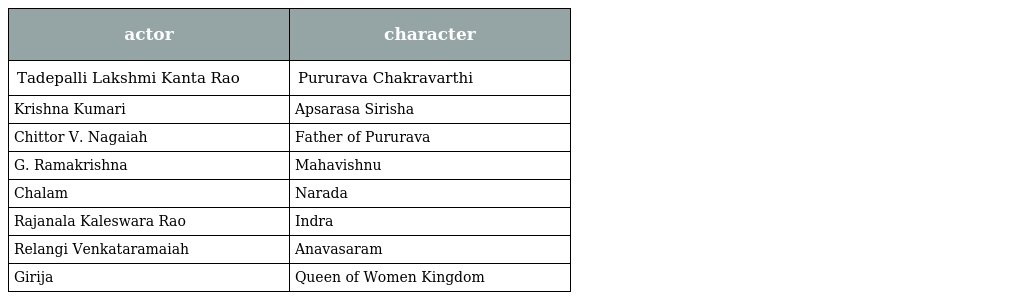
| actor | character |
 | --- | --- |
 | Tadepalli Lakshmi Kanta Rao | Pururava Chakravarthi |
 | Krishna Kumari | Apsarasa Sirisha |
 | Chittor V. Nagaiah | Father of Pururava |
 | G. Ramakrishna | Mahavishnu |
 | Chalam | Narada |
 | Rajanala Kaleswara Rao | Indra |
 | Relangi Venkataramaiah | Anavasaram |
 | Girija | Queen of Women Kingdom |